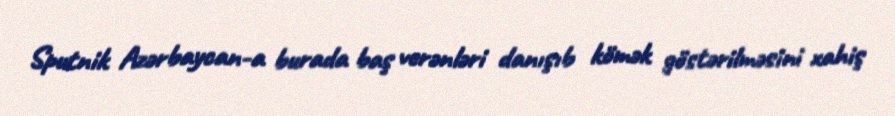
Sputnik Azərbaycan-a burada baş verənləri danışıb kömək göstərilməsini xahiş